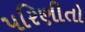
પરિણીતો